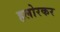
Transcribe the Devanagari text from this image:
हलोरकर